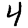
Digit: 4